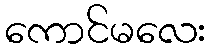
ကောင်မလေး